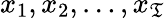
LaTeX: x_{1},x_{2},\dots,x_{\mathfrak{T}}